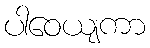
ပါဝေယျကာ